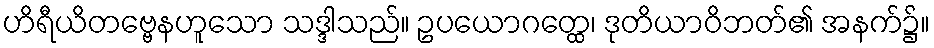
ဟိရီယိတဗ္ဗေနဟူသော သဒ္ဒါသည်။ ဥပယောဂတ္ထေ၊ ဒုတိယာဝိဘတ်၏ အနက်၌။